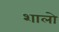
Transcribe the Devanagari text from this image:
शालो